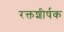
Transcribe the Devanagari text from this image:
रक्तशीर्षक